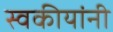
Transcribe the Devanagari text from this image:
स्वकीयांनी